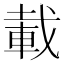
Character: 載